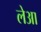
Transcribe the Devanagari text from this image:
लेआ